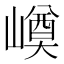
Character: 𡼓